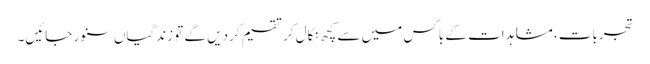
تجربات، مشاہدات کے باکس میں سے کچھ نکال کر تقسیم کردیں گے تو زندگیاں سنور جائیں۔